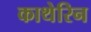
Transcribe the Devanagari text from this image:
काथेरिन